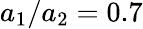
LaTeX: a_{1}/a_{2}=0.7